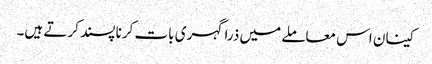
کینان اس معاملے میں ذرا گہری بات کرنا پسند کرتے ہیں۔